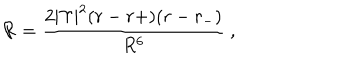
{ \cal R } = \frac { 2 | \Upsilon | ^ { 2 } ( r - r + ) ( r - r _ { - } ) } { R ^ { 6 } } \ ,